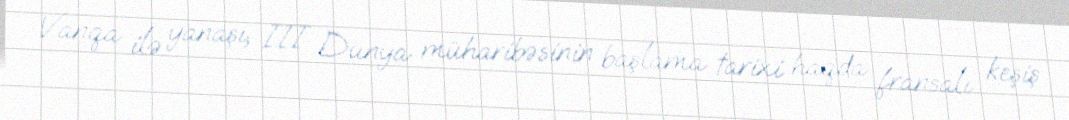
Vanqa ilə yanaşı, III Dünya müharibəsinin başlama tarixi haqda fransalı keşiş